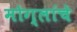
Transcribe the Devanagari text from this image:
मोग्लांचे